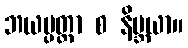
ဘယပ္ပတ္တာ စ နိဗ္ဘယာ။